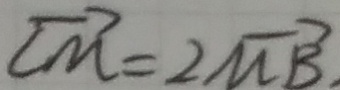
\overrightarrow { C M } = 2 \overrightarrow { M B }